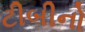
ટીબીનો